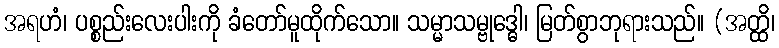
အရဟံ၊ ပစ္စည်းလေးပါးကို ခံတော်မူထိုက်သော။ သမ္မာသမ္ဗုဒ္ဓေါ၊ မြတ်စွာဘုရားသည်။ (အတ္ထိ၊